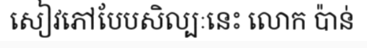
សៀវភៅបែបសិល្បៈនេះ លោក ប៉ាន់